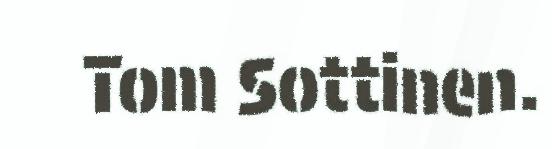
Tom Sottinen.